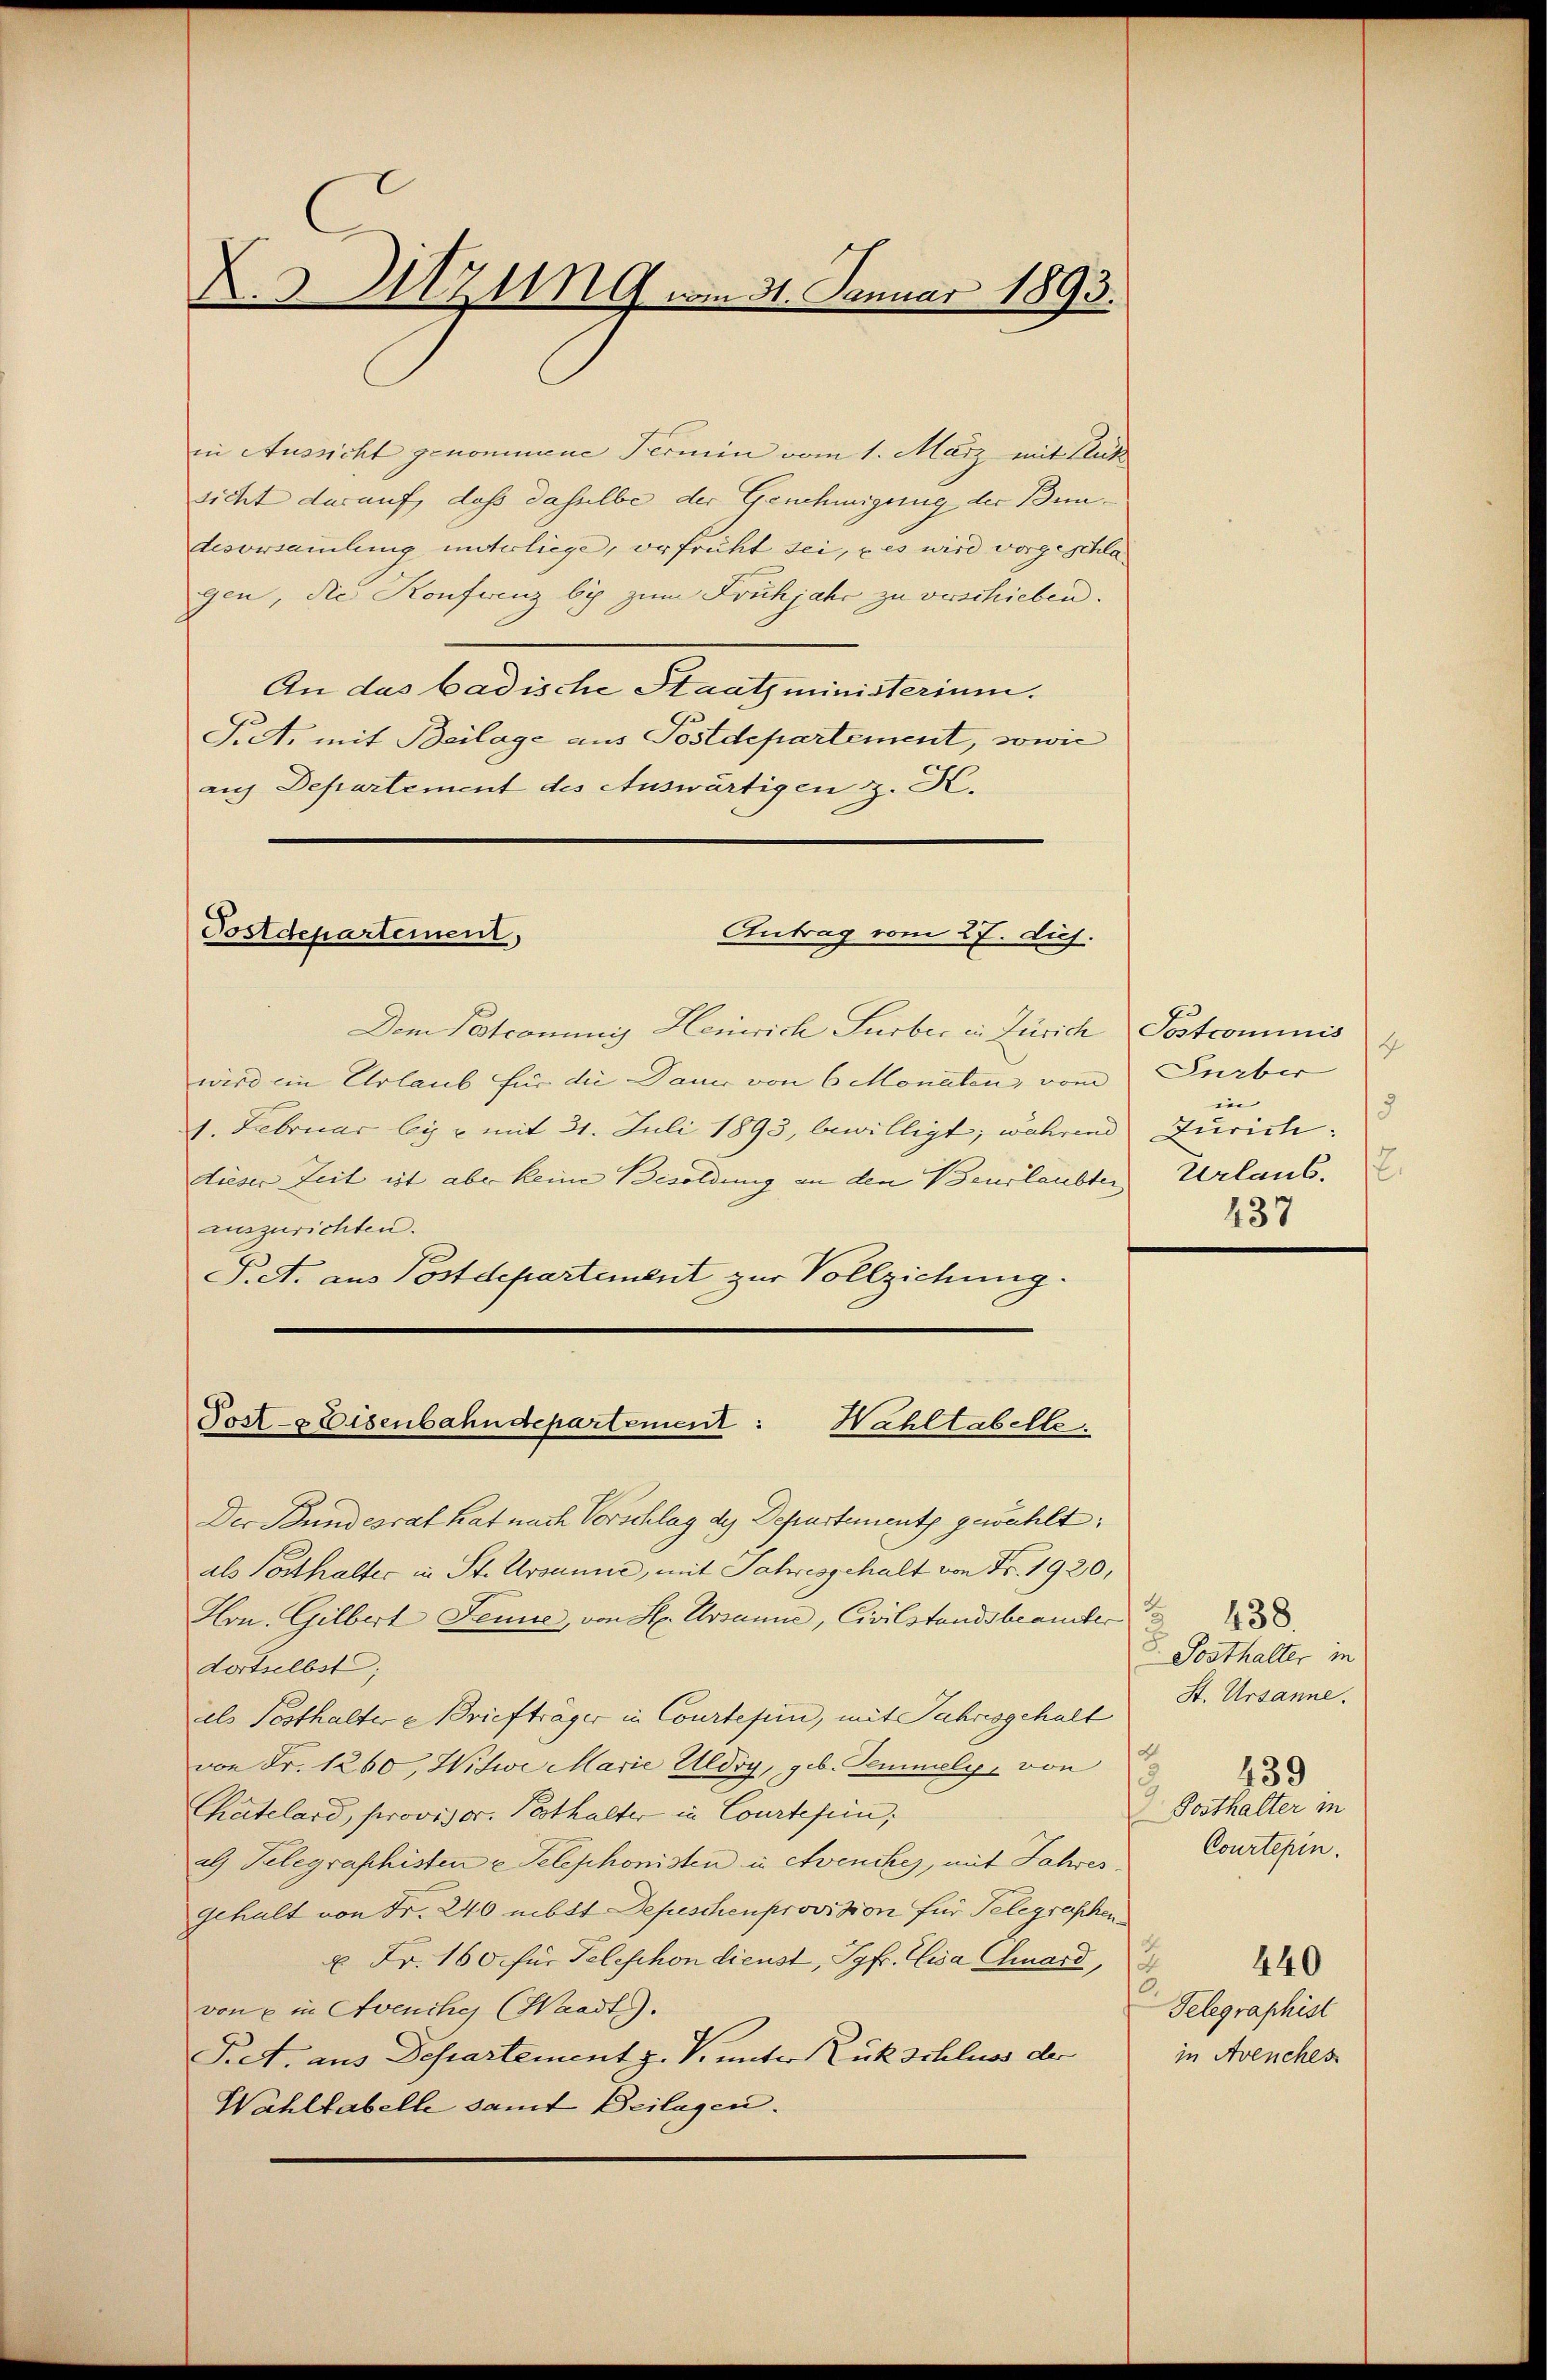
X.3 Sitzung vom 31. Januar 1893.

in Aussicht genommene Fermin vom 1. März mit Glück
sicht darauf, daß dasselbe der Genehmigung der Bundesversammlung unterliege, erfrüht sei, es wird vorgeschla
gen, die Konferenz bis zum Frühjahr zu verschieben.
An das badische Staatsministerium.
P.A. mit Beilage aus Postdepartement, sowie
aus Departement des Auswärtigen z. K.

Antrag vom 27. ds.
Postdepartement,

Tost-Eisenbahndepartement:
Wahltabelle.

Dem Postcommis Heinrich Surber in Zürich
wird ein Urlaub für die Danie von 6 Monaten, vom
1. Februar ly u. mit 31. Juli 1893, bewilligt; während
dieser Zeit ist aber keine Besoldung an den Beurlaubter
auszurichten.
P.A. aus Postdepartement zur Vollziehung.
Der Bundesrat hat nach Vorschlag des Departement gewählt:
als Posthalter in St. Ursanne, mit Jahresgehalt von Fr. 1920,
Hrn. Gilbert Fenne, von St. Ursanne, Civilstandsbeamter
dortselbst;
els Posthalter Briefträger in Courteien, mit Jahresgehalt
von Fr. 1260, Witwe Marie Uldry, geb. Temmely, von
Chatelard, provisor. Posthalter in Courtefen;
als Telegraphisten u. Telephonisten in Avenches, mit Jahres
Gehalt von Fr. 240 nebst Depeschenprovision für Telegraphen
u Fr. 160. für Telephon dienst, Jgfr. Visa Chuard,
von ein Avenches (Waadt.
Pret. aus Departement z. V. unter Kuk schluss der
Wahltabelle samt Beilagen.

Sostcominis
4
Surber
in
18
Turich:
Urlaub.
437

438.
 Posthalter in
St. Ursanne.
d
Posthalter in
Courtepin.
840
Telegraphist
in Avenches

439